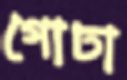
গোঢা